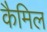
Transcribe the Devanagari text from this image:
कैमिल